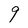
Character: 9